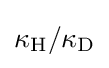
\kappa _{\mathrm {H} }/\kappa _{\mathrm {D} }